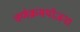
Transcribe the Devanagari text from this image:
वर्णक्रमयोजना